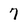
Character: 7